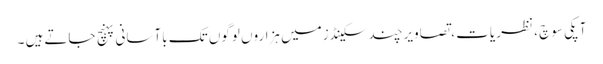
آپکی سوچ ، نظریات ، تصاویرچند سکینڈزمیں ہزاروں لوگوں تک باآسانی پہنچ جاتےہیں ۔